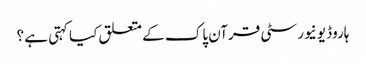
ہاروڈ یونیورسٹی قرآن پاک کے متعلق کیا کہتی ہے ؟